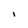
Character: I